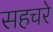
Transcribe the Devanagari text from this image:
सहचरे